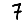
Digit: 7